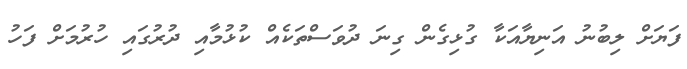
ފަޔަށް ލިބުނު އަނިޔާއަކާ ގުޅިގެން ގިނަ ދުވަސްތަކެއް ކުޅުމާއި ދުރުގައި ހުރުމަށް ފަހު